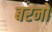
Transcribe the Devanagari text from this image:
बरनों